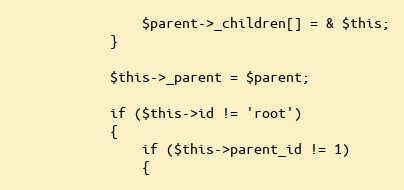
Language: PHP
				$parent->_children[] = & $this;
			}

			$this->_parent = $parent;

			if ($this->id != 'root')
			{
				if ($this->parent_id != 1)
				{